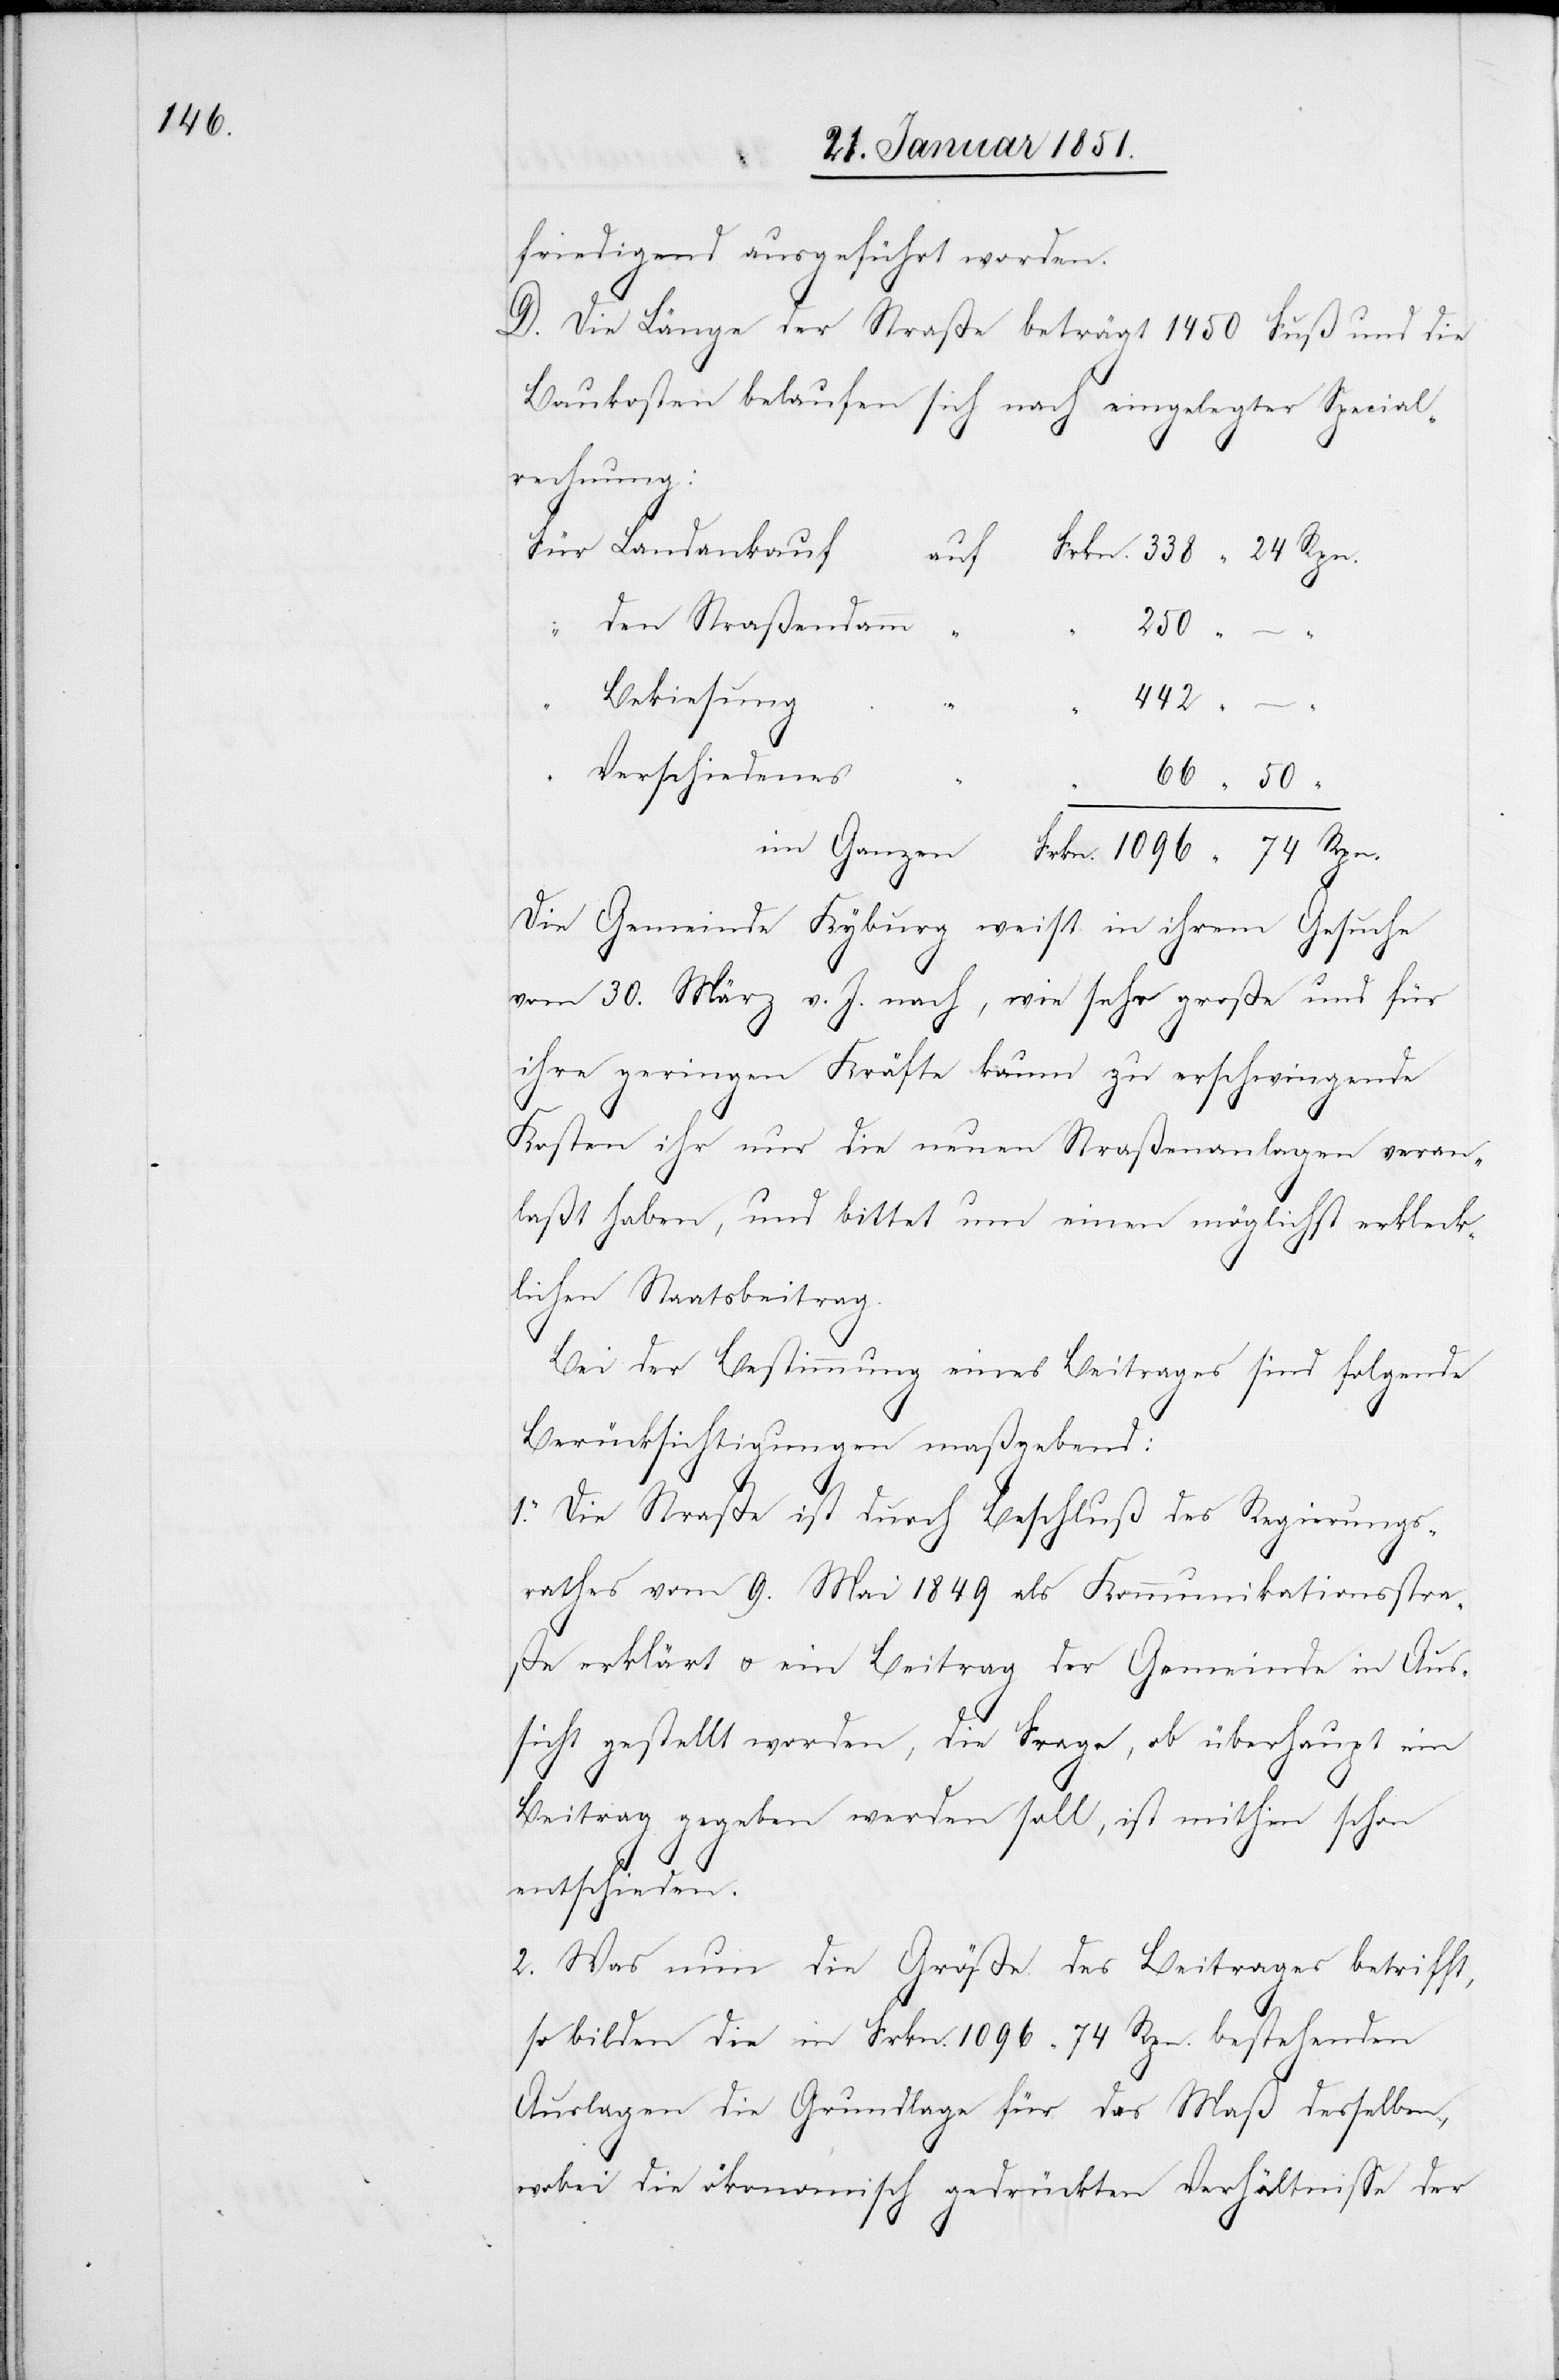
1096

friedigend ausgeführt worden.
D. Die Länge der Straße beträgt 1450 Fuß und die
Baukosten belaufen sich nach eingelegter Special¬
rechnung:
Landankauf
auf
den Straßendamm
Bekiesung
442
Verschiedenes
Die Gemeinde Kyburg weist in ihrem Gesuche
vom 30. März v. J. nach, wie sehr große und für
ihre geringen Kräfte kaum zu erschwingende
50
Kosten ihr nur die neuen Straßenanlagen veran¬
laßt haben, und bittet um einen möglichst erkleck¬
lichen Staatsbeitrag.
Bei der Bestimmung eines Beitrages sind folgende
Berücksichtigungen maßgebend:
1. Die Straße ist durch Beschluß des Regierungs¬
rathes vom 9. Mai 1849 als Kommunikationsstra¬
ße erklärt u. ein Beitrag der Gemeinde in Aus¬
sicht gestellt worden, die Frage, ob überhaupt ein
Beitrag gegeben werden soll, ist mithin schon
entschieden.
2. Was nun die Größe des Beitrages betrifft,
so bilden die in Frkn. 1096 74 Rpn. bestehenden
Auslagen die Grundlage für das Maß desselben,
wobei die ökonomisch gedrückten Verhältnisse der